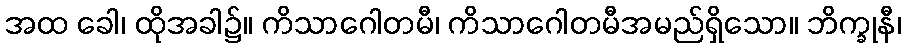
အထ ခေါ၊ ထိုအခါ၌။ ကိသာဂေါတမီ၊ ကိသာဂေါတမီအမည်ရှိသော။ ဘိက္ခုနီ၊